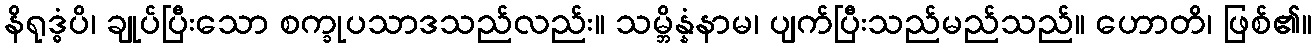
နိရုဒ္ဓံပိ၊ ချုပ်ပြီးသော စက္ခုပသာဒသည်လည်း။ သမ္ဘိန္နံနာမ၊ ပျက်ပြီးသည်မည်သည်။ ဟောတိ၊ ဖြစ်၏။